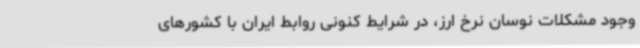
وجود مشکلات نوسان نرخ ارز، در شرایط کنونی روابط ایران با کشورهای